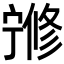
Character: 𡪇